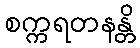
စက္ကရတနန္တိ